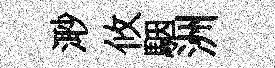
𣺌攸駰洲